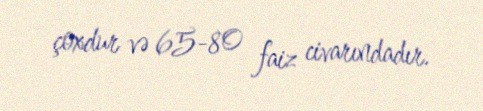
çoxdur və 65-80 faiz civarındadır.